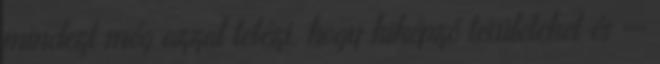
mindezt még azzal tetézi, hogy kiképző területeket és --